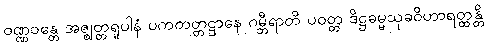
ဝဏ္ဏဝန္တေ အဇ္ဈတ္တရူပါနံ ပကတတ္တဋ္ဌာနေ ဂမ္ဘီရာတိ ပဝတ္တ ဒိဋ္ဌဓမ္မသုခဝိဟာရတ္ထန္တိ